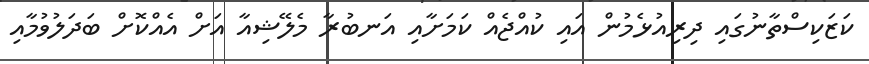
ކަޒަކިސްތާނުގައި ދިރިއުޅެމުން އައި ކުއްޖެއް ކަމަށާއި އަނބުރާ މެލޭޝިއާ އަށް އެއްކޮށް ބަދަލުވުމާއި